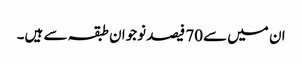
ان میں سے70 فیصد نوجوان طبقہ سے ہیں۔